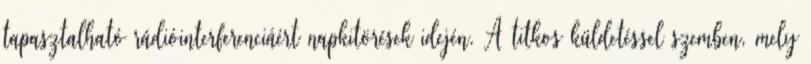
tapasztalható rádióinterferenciáért napkitörések idején. A titkos küldetéssel szemben, mely